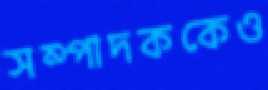
সম্পাদককেও